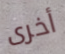
أخرى